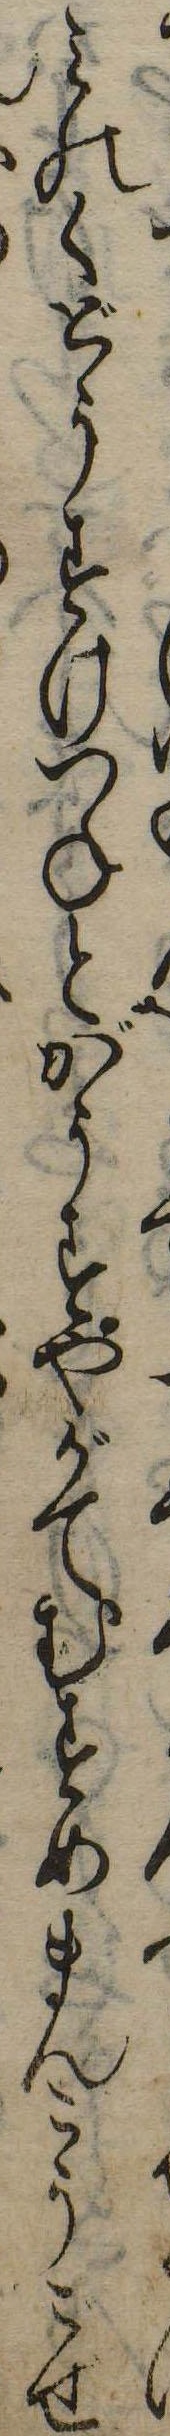
みのくどうすけつねとがうすやがてむすめまんこうごぜ